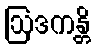
ဩဒကန္တိ